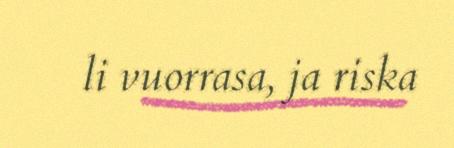
li vuorrasa, ja riska